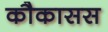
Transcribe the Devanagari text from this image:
कौकासस